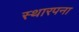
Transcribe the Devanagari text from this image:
स्थारपना